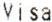
VISA